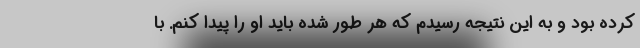
کرده بود و به این نتیجه رسیدم که هر طور شده باید او را پیدا کنم. با